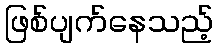
ဖြစ်ပျက်နေသည့်